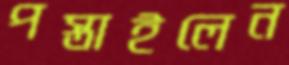
পস্তাইলেন